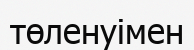
төленуімен